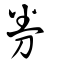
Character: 券